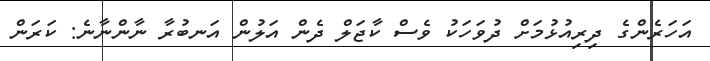
އަހަރެންގެ ދިރިއުޅުމަށް ދުވަހަކު ވެސް ކާޖަލް ދެން އަލުން އަނބުރާ ނާންނާނެ: ކަރަން